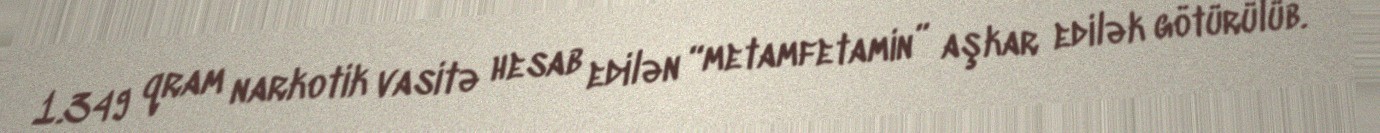
1.349 qram narkotik vasitə hesab edilən “metamfetamin” aşkar edilək götürülüb.